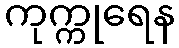
ကုက္ကုရေန